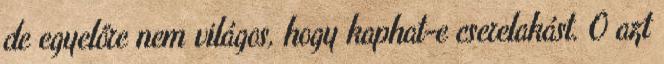
de egyelőre nem világos, hogy kaphat-e cserelakást. Ő azt